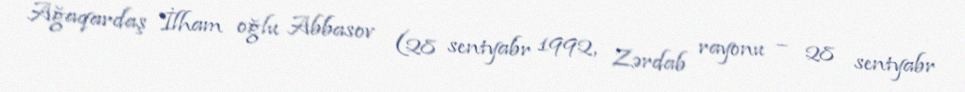
Ağaqardaş İlham oğlu Abbasov (28 sentyabr 1992, Zərdab rayonu – 28 sentyabr